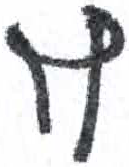
אות: ץ